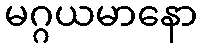
မဂ္ဂယမာနော